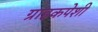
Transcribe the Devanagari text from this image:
ग्राहकपेशी